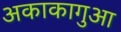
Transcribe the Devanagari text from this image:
अकाकागुआ